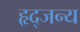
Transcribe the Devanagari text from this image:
हृद्जन्‍य